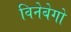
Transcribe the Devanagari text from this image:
विनेबेगो